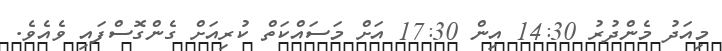
މިއަދު މެންދުރު 14:30 އިން 17:30 އަށް މަސައްކަތް ކުރިއަށް ގެންގޮސްފައި ވެއެވެ.